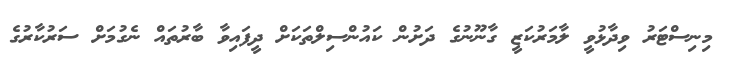
މިނިސްޓަރު ވިދާޅުވީ ލާމަރުކަޒީ ގާނޫނުގެ ދަށުން ކައުންސިލްތަކަށް ދީފައިވާ ބާރުތައް ނެގުމަށް ސަރުކާރުގެ